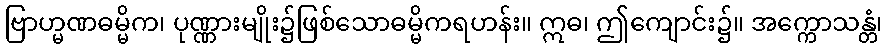
ဗြာဟ္မဏဓမ္မိက၊ ပုဏ္ဏားမျိုး၌ဖြစ်သောဓမ္မိကရဟန်း။ ဣဓ၊ ဤကျောင်း၌။ အက္ကောသန္တံ၊